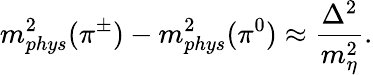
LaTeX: m_{phys}^{2}(\pi^{\pm})-m_{phys}^{2}(\pi^{0})\approx\frac{\Delta^{2}}{m_{\eta}^{2}}.